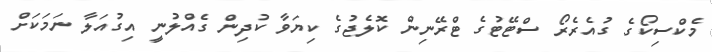
މެކްސިކޯގެ ގުއެރެރޯ ސްޓޭޓުގެ ޓްރޭނިން ކޮލެޖުގެ ކިޔަވާ ކުދިން ގެއްލުނީ އިގުއަލާ ނަމަކަށް